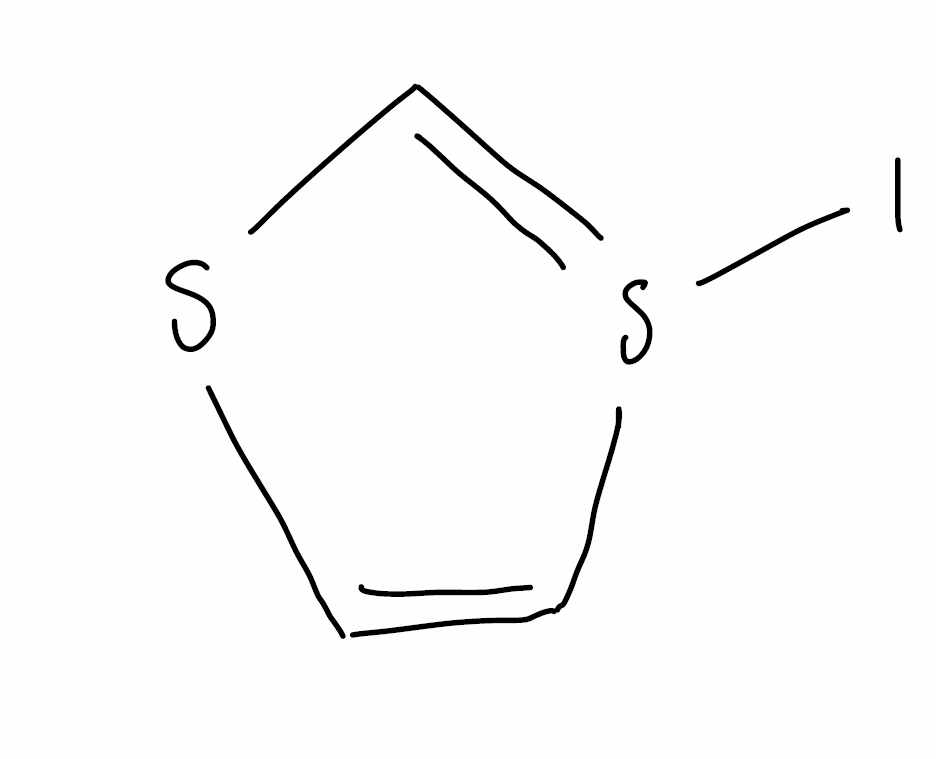
Simplified molecular-input line-entry system (SMILES) notation of the given molecule:
C1=CS(=CS1)I